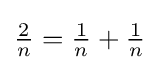
{\tfrac {2}{n}}={\tfrac {1}{n}}+{\tfrac {1}{n}}